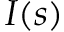
I ( s )